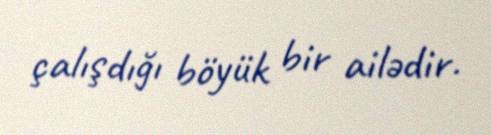
çalışdığı böyük bir ailədir.